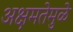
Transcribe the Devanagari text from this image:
अक्षमतेमुळे